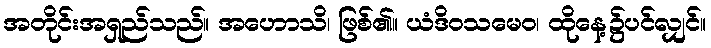
အတိုင်းအရှည်သည်။ အဟောသိ၊ ဖြစ်၏။ ယံဒိဝသမေဝ၊ ထိုနေ့၌ပင်လျှင်။